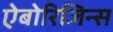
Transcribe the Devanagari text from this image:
ऐबोरिजिन्स